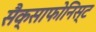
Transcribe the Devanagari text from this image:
सैक्साफोनिस्ट